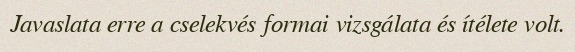
Javaslata erre a cselekvés formai vizsgálata és ítélete volt.